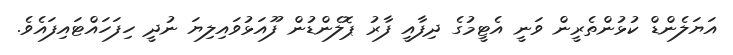
އަޔަލެންޑް ކުޅުންތެރީން ވަނީ އެޓީމުގެ ދިފާއީ ފާރު ޕޮލެންޑުން ފޫއަޅުވައިލިޔަ ނުދީ ހިފަހައްޓައިފައެވެ.